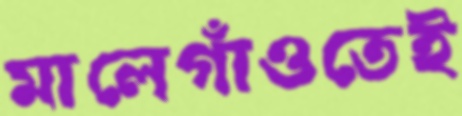
মালেগাঁওতেই